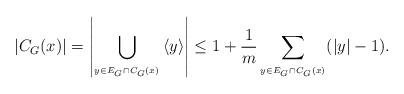
LaTeX: \begin{align*} |C_G(x)| = \left|\bigcup_{_{y\in E_G\cap C_G(x)}}\left\langle y\right\rangle\right| \leq 1+\frac{1}{m}\sum_{_{y\in E_G\cap C_G(x)}}(|y|-1).\end{align*}